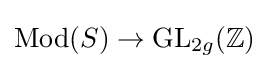
\operatorname {Mod} (S)\to \operatorname {GL} _{2g}(\mathbb {Z} )